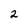
Character: 2